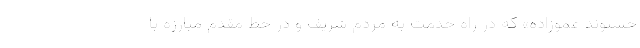
حسنوند عموزاده» که در راه خدمت به مردم شریف و در خط مقدم مبارزه با